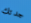
جدتك